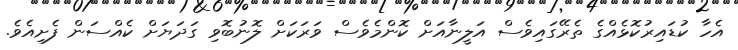
އެހާ ކުޑައިރުކޮޅެއްގެ ތެރޭގައިވެސް އަލީނާއަށް ކޮންމެވެސް ވަރަކަށް ލޮނުބޮވި ގަދަޔަށް ކެއްސަން ފެށިއެވެ.